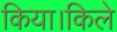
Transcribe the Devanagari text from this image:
किया।किले